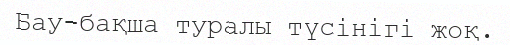
Бау-бақша туралы түсінігі жоқ.